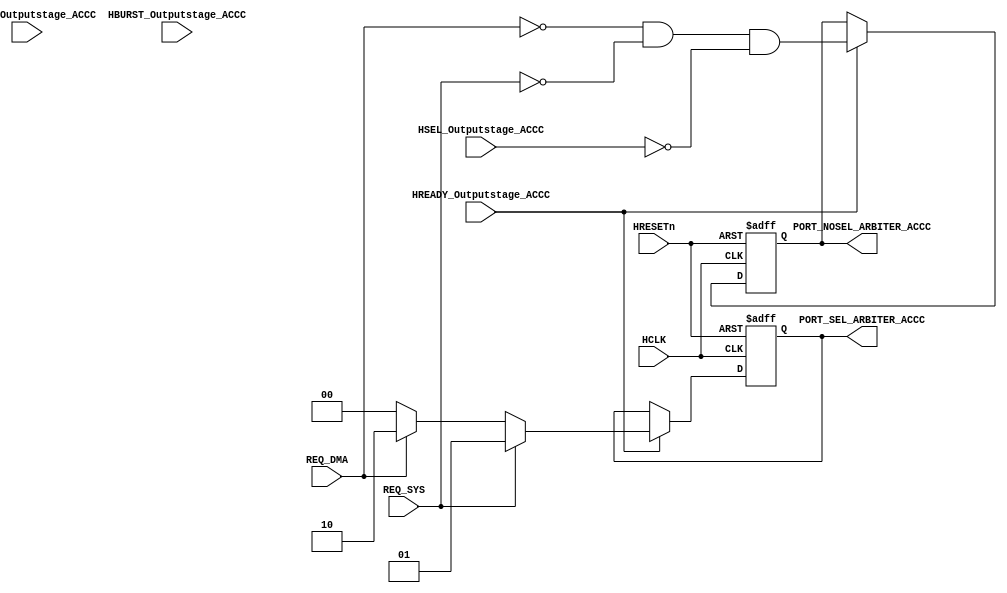
module AHBlite_BusMatrix_Arbiter_ACCC(
    input   HCLK,
    input   HRESETn,
    input   REQ_SYS,
    input   REQ_DMA,
    input   HREADY_Outputstage_ACCC,
    input   HSEL_Outputstage_ACCC,
    input   [1:0]   HTRANS_Outputstage_ACCC,
    input   [2:0]   HBURST_Outputstage_ACCC,
    output  wire [1:0]  PORT_SEL_ARBITER_ACCC,
    output  wire        PORT_NOSEL_ARBITER_ACCC
);

reg     noport;
wire    noport_next;

assign  noport_next     =   (~REQ_DMA)  &   (~REQ_SYS)    &   (~HSEL_Outputstage_ACCC);        

reg     [1:0] selport;
wire    [1:0] selport_next;

assign  selport_next    =   REQ_SYS     ?   2'b01   : (
                            REQ_DMA     ?   2'b10   : 2'b00);
                        
always@(posedge HCLK or negedge HRESETn) begin
    if(~HRESETn) begin
        noport  <=  1'b1;
        selport <=  2'b00;
    end else if(HREADY_Outputstage_ACCC) begin
        noport  <=  noport_next;
        selport <=  selport_next;
    end
end

assign  PORT_NOSEL_ARBITER_ACCC  =   noport;
assign  PORT_SEL_ARBITER_ACCC    =   selport;

endmodule